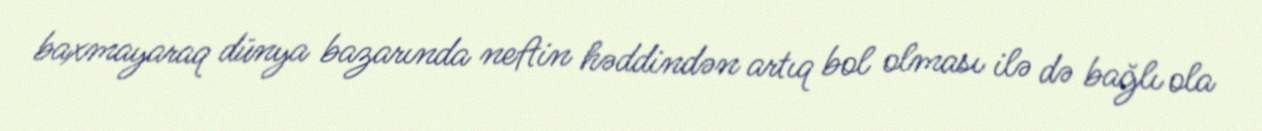
baxmayaraq dünya bazarında neftin həddindən artıq bol olması ilə də bağlı ola